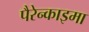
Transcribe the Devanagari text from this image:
पैरेन्काइमा